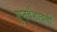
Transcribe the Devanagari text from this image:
गुप्तवंशावली